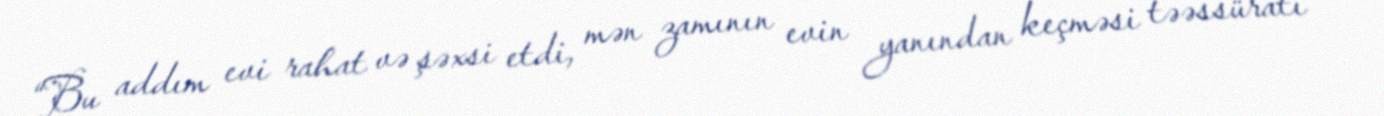
“Bu addım evi rahat və şəxsi etdi, mən zamının evin yanından keçməsi təəssüratı